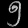
Digit: ၅